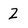
Character: Z